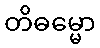
တိဓမ္မော